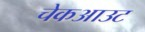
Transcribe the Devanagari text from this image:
चेकआउट